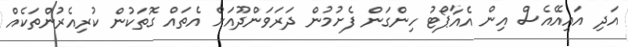
އަދި އައިއޭއެސް އިން އެއާޕޯޓު ހިންގަން ފެށުމުން ދަރަވަންދޫއަށް އެތައް ގޮތަކުން ކުރިއެރުންތަކެއް